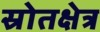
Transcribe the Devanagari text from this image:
स्रोतक्षेत्र